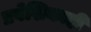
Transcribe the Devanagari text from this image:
प्रवेशिकाही